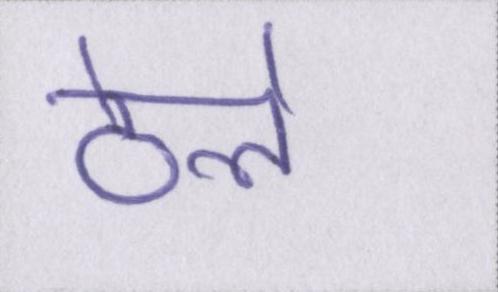
ठेले